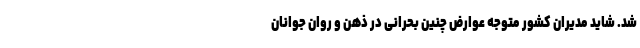
شد. شاید مدیران کشور متوجه عوارض چنین بحرانی در ذهن و روان جوانان